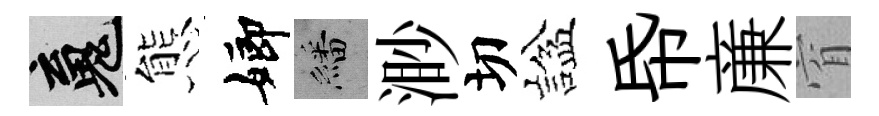
魂態嫏繙渺切諡帋亷窅